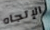
الإتجاه